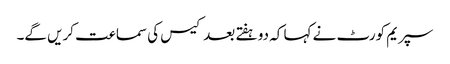
سپریم کورٹ نے کہا کہ دو ہفتے بعد کیس کی سماعت کریں گے۔